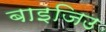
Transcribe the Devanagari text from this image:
बाइजिउ